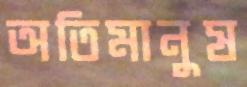
অতিমানুষ